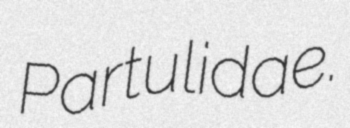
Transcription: Partulidae.